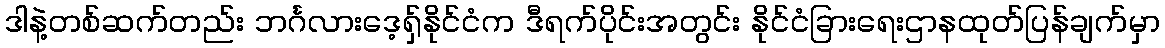
ဒါနဲ့တစ်ဆက်တည်း ဘင်္ဂလားဒေ့ရှ်နိုင်ငံက ဒီရက်ပိုင်းအတွင်း နိုင်ငံခြားရေးဌာနထုတ်ပြန်ချက်မှာ